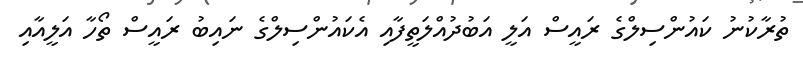
ތުރާކުނު ކައުންސިލްގެ ރައީސް އަލީ އަބުދުއްލަތީފާއި އެކައުންސިލްގެ ނައިބު ރައީސް ތޯހާ އަލީއާއި